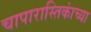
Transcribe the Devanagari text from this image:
चापारास्तिकांच्या